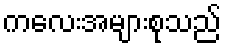
ကလေးအများစုသည်